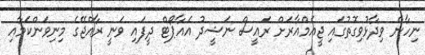
ނިހާން ވިދާޅުވިގޮތުގައި ޖީއެމްއާރަށް ރައީސް ނަޝީދު އެއާޕޯޓް ދީފައި ވަނީ ރާއްޖޭގެ މިނިވަންކަމާއި